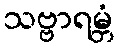
သဗ္ဗာရမ္ဘံ